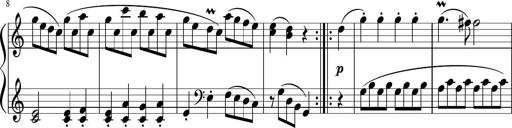
Title: 12 Keyboard Sonatinas
Composer: James Hook